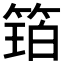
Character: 𮅩